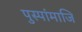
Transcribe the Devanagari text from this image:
पुस्पांमाजि